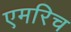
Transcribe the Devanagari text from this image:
एमरिच